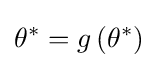
\theta ^{*}=g\left(\theta ^{*}\right)